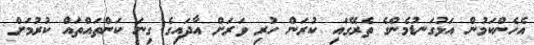
އެހެންކަމުން އަޅުގަނޑުމެންގެ ތެރޭގައި ކުރަން ހުރި ވަރަށް އާދައިގެ ގިނަ ކަންތައްތައް ކުރުމަށް